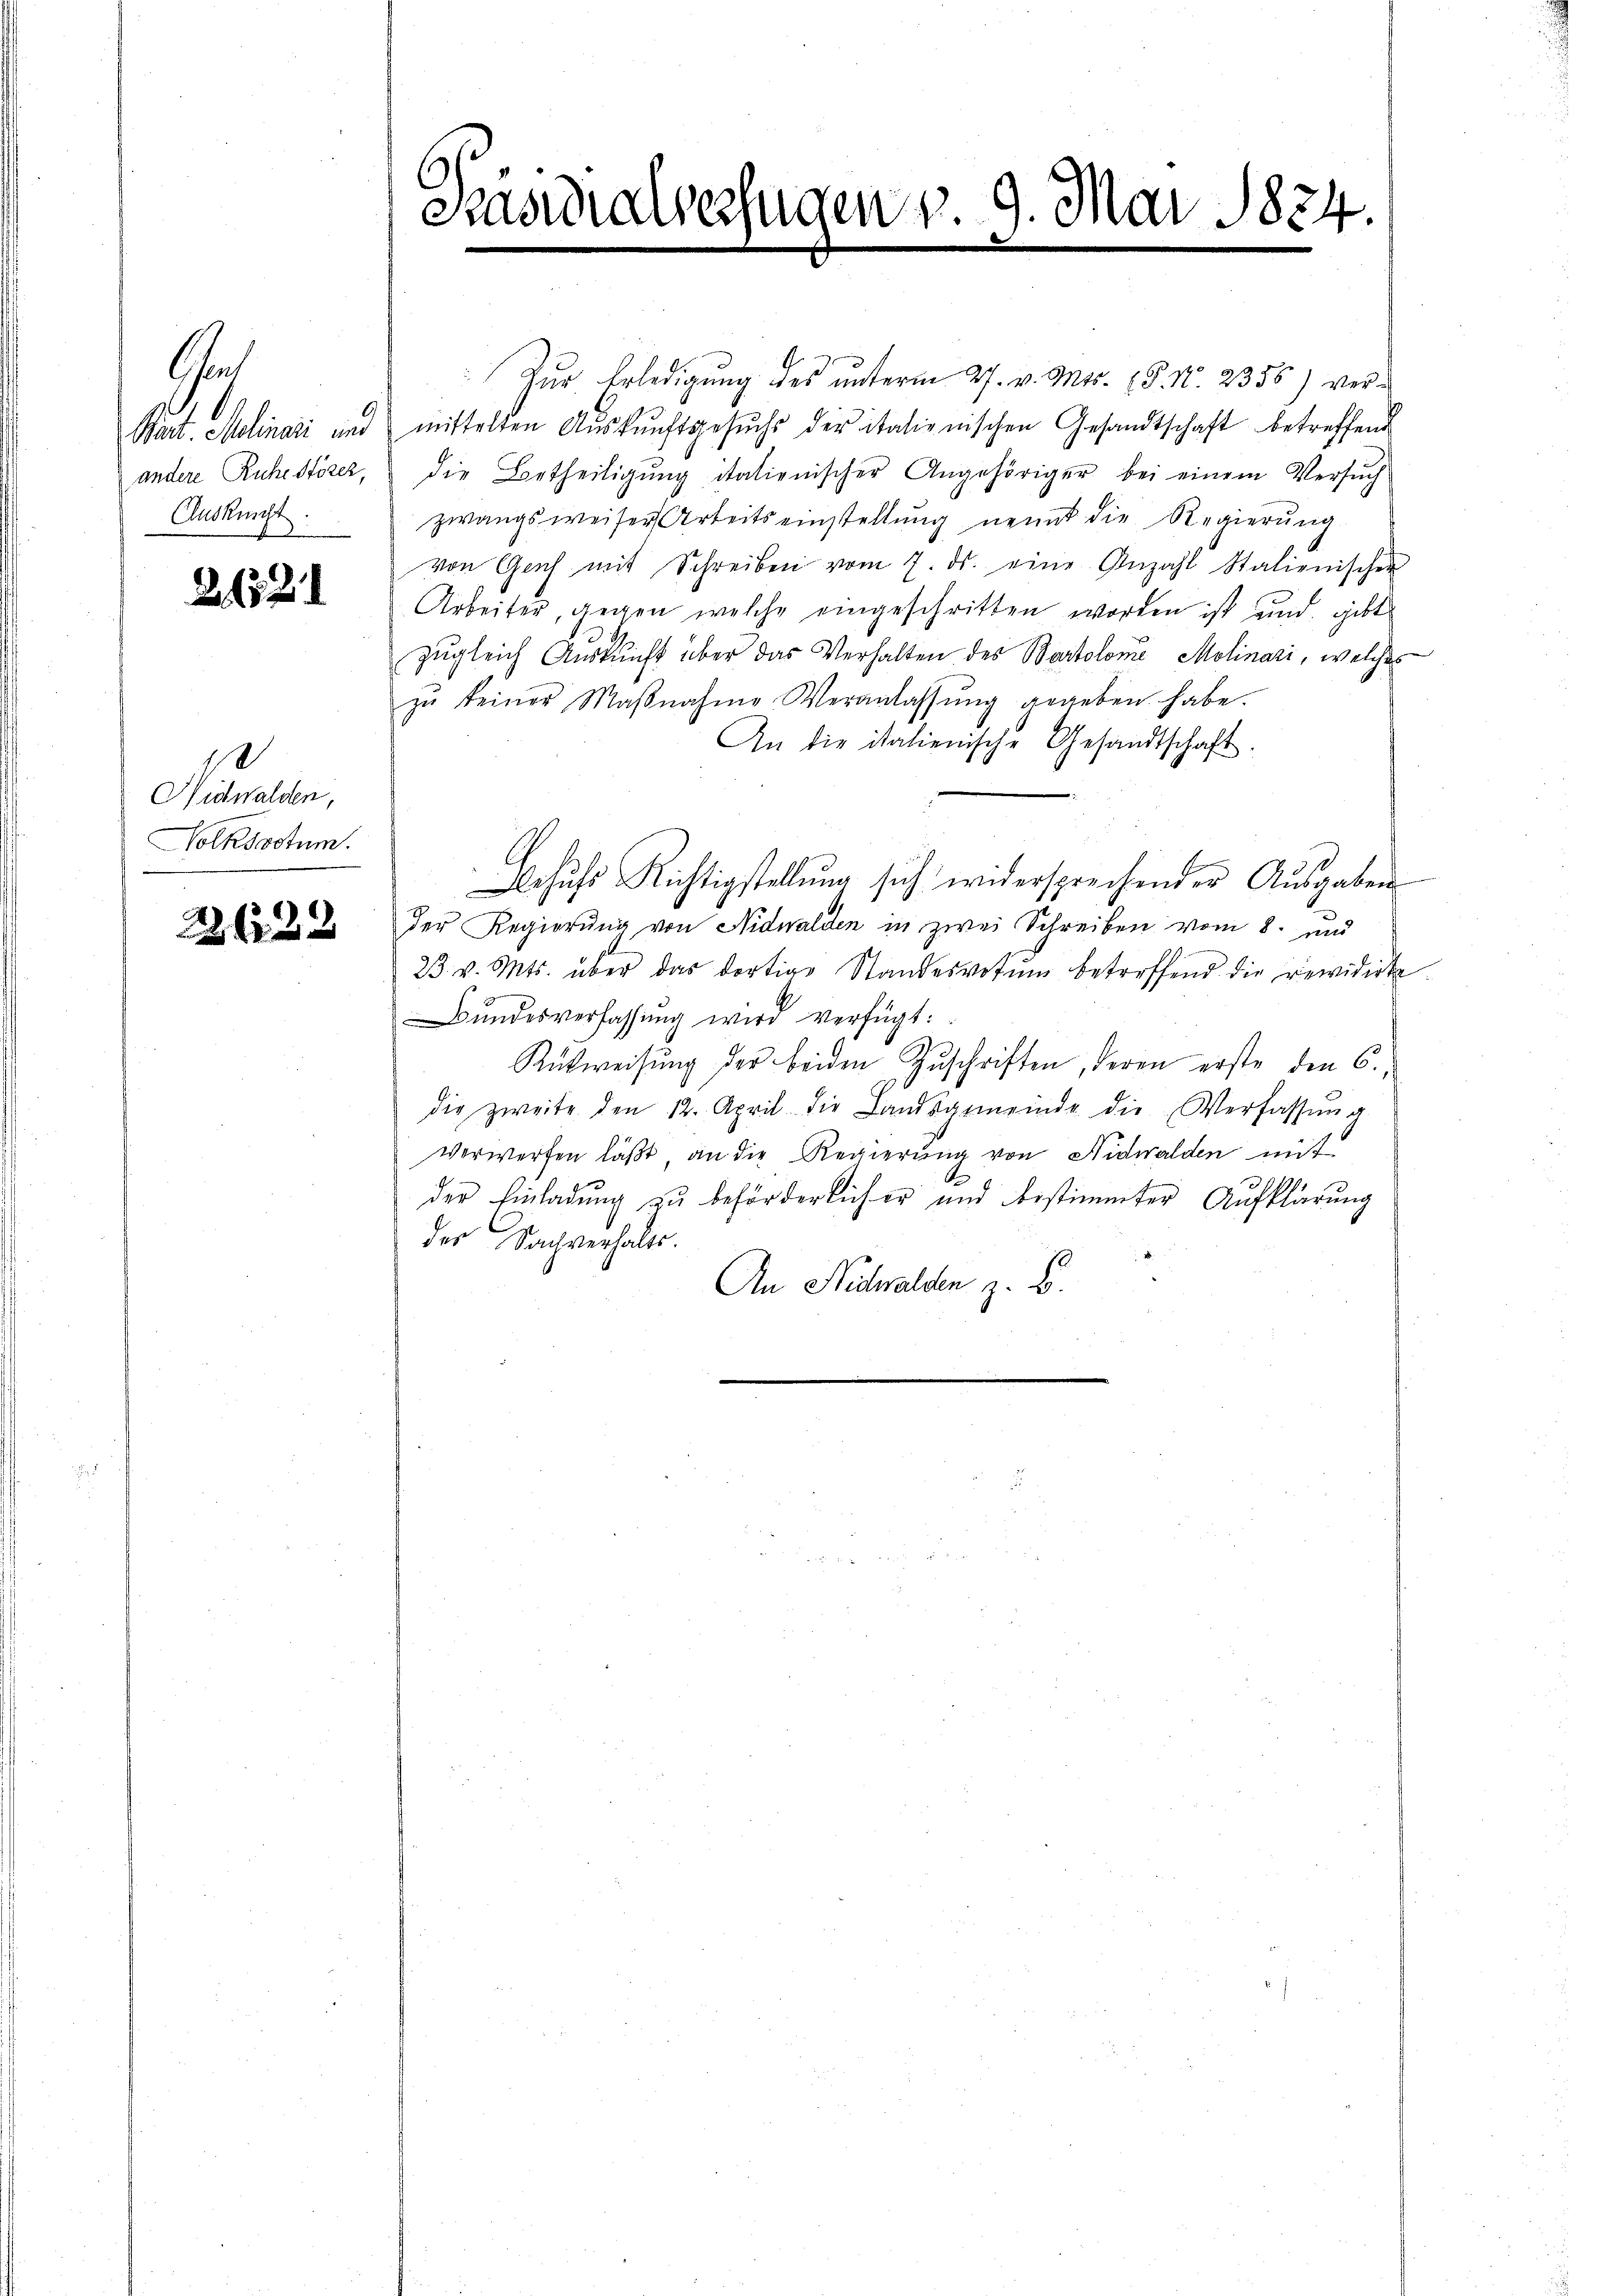
Ge
Auskunft
e

21524

Zur Erledigung des ŭnterm 27. v. Mts. (T. N. 2356) ver¬
Bart. Molinari und mittelten Aŭskŭnftsgesŭch der italienischen Gesandtschaft betreffend
andere Ruhestörer, die Betheiligŭng italienischer Angehöriger bei einem Versŭch
zwangsweiser Arbeitseinstellŭng nennt die Regierŭng
von Genf mit Schreiben vom 7. ds. eine Anzahl Stalienischen
Arbeiter, gegen welche eingeschritten worden ist und gibt
zugleich Auskunft über das Verhalten des Bartolome Molinari, welches
zŭ keiner Maβnahme Veranlassŭng gegeben habe.
An die italienische Gesandtschaft.
Behŭfs Richtigstellung sich widersprechender Aŭsgaben
der Regierung von Nidwalden in zwei Schreiben vom 8. und
23. v. Mts. über das dortige Standesvotŭm betreffend die revidirte
Bŭndesverfassŭng wird verfügt:
Rütweisung der beiden Zuschriften, deren erste den 6.
die zweite den 12. April die Landsgemeinde die Verfassŭng
verwerfen läßt, an die Regierung von Nidwalden mit
der Einladung zu beförderlicher und bestimmter Aufklärung
der Sachverhalts.
An Nidwalden z. B.

.
Nidwalden,
Volksoctum.

2632

Pasidialsesfugen v. 9. Mai 1834.